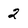
Character: 2